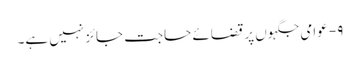
۹- عوامی جگہوں پر قضائے حاجت جائز نہیں ہے۔